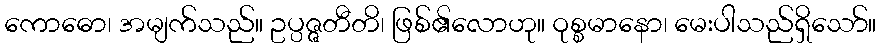
ကောဓော၊ အမျက်သည်။ ဥပ္ပဇ္ဇတီတိ၊ ဖြစ်၏လောဟု။ ဝုစ္စမာနော၊ မေးပါသည်ရှိသော်။